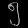
Digit: ၅